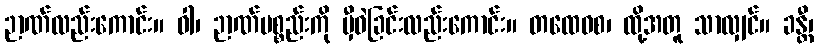
ဉာဏ်လည်းကောင်း။ ဝါ၊ ဉာဏ်ပစ္စည်းကို မှီဝဲခြင်းလည်းကောင်း။ တထေဝစ၊ ထို့အတူ သာလျှင်။ ခန္တီ၊